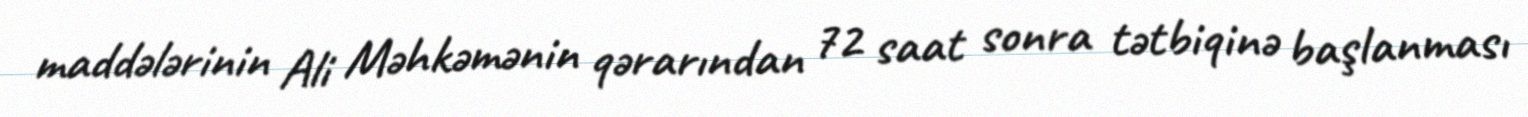
maddələrinin Ali Məhkəmənin qərarından 72 saat sonra tətbiqinə başlanması